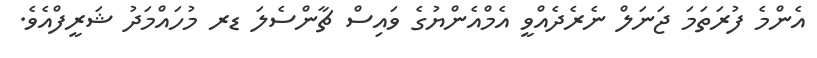
އެންމެ ފުރަތަމަ ޖަނަލް ނެރެދެއްވީ އެމްއެންޔުގެ ވައިސް ޗާންސެލަ ޑރ މުހައްމަދު ޝަރީފްއެވެ.